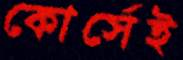
কোর্সেই